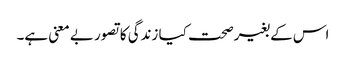
اس کے بغیرصحت کیا زندگی کا تصور بے معنی ہے۔